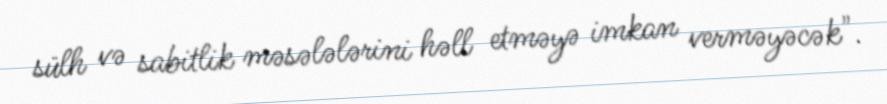
sülh və sabitlik məsələlərini həll etməyə imkan verməyəcək".